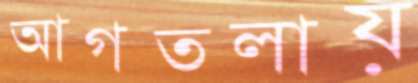
আগতলায়